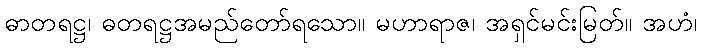
ဓာတရဋ္ဌ၊ ဓတရဋ္ဌအမည်တော်ရသော။ မဟာရာဇ၊ အရှင်မင်းမြတ်။ အဟံ၊